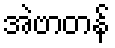
အဲဗာတန်